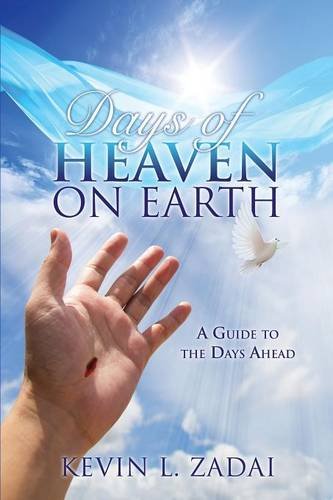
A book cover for DAYS OF HEAVEN ON EARTH; KEVIN L. ZADAI; Religion & Spirituality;